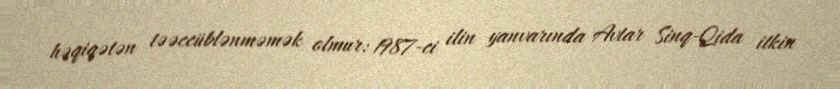
həqiqətən təəccüblənməmək olmur: 1987-ci ilin yanvarında Avtar Sinq-Qida itkin